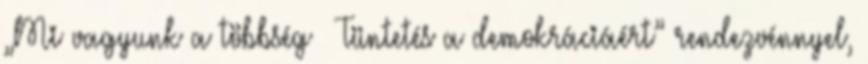
„Mi vagyunk a többség – Tüntetés a demokráciáért” rendezvénnyel,